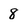
Character: 8